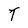
Character: T